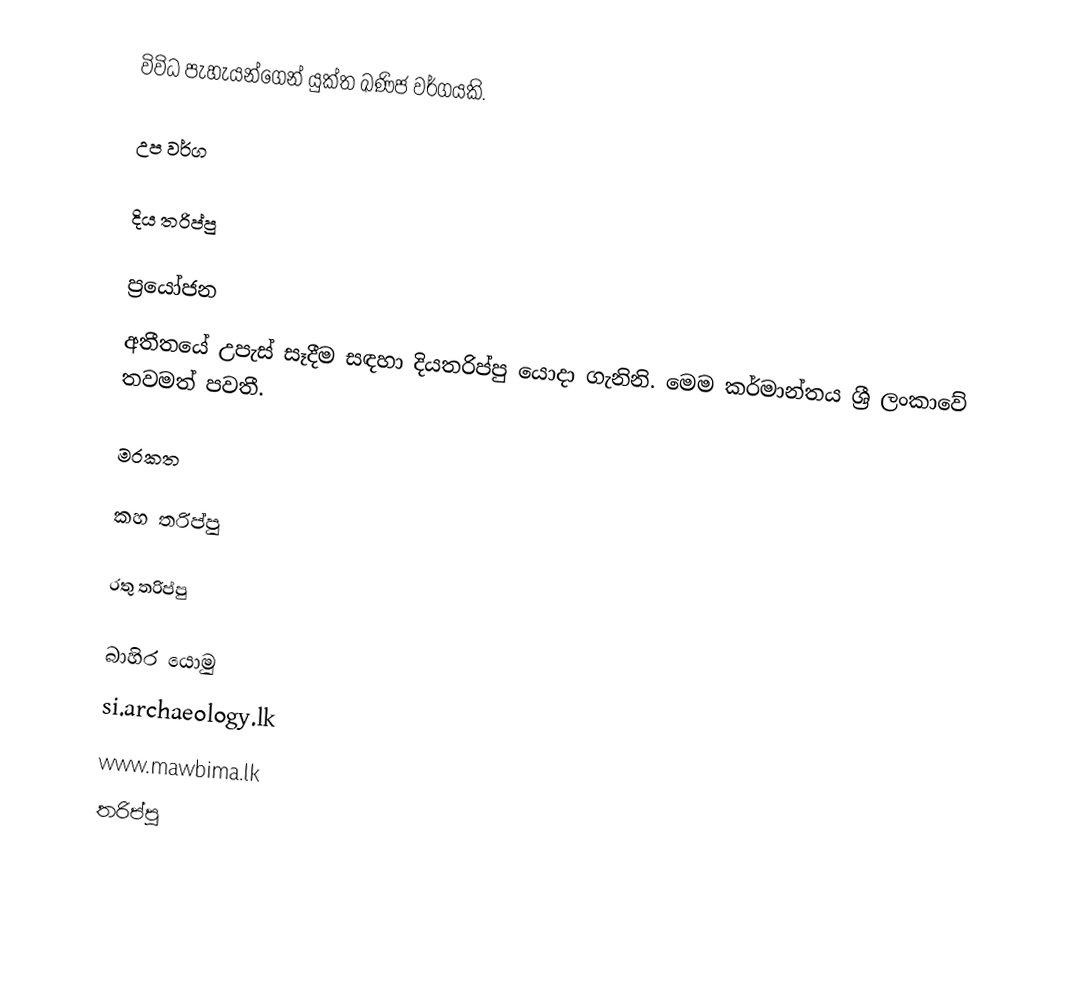
විවිධ පැහැයන්ගෙන් යුක්ත ඛණිජ වර්ගයකි.

උප වර්ග

දිය තරිප්පු

ප්‍රයෝජන
 අතීතයේ උපැස් සෑදීම සඳහා දියතරිප්පු යොදා ගැනිනි. මෙම කර්මාන්තය ශ්‍රී ලංකාවේ තවමත් පවතී.

මරකත

කහ තරිප්පු

රතු තරිප්පු

බාහිර යොමු
 si.archaeology.lk
 www.mawbima.lk
තරිප්පු